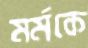
মর্মকে